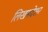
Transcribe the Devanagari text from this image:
लिखमदेशर